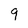
Character: 9